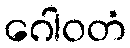
ဂေါဝတံ